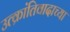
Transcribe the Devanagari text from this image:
उत्क्रांतिवादाच्या